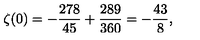
\zeta ( 0 ) = - { \frac { 2 7 8 } { 4 5 } } + { \frac { 2 8 9 } { 3 6 0 } } = - { \frac { 4 3 } { 8 } } ,